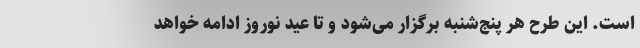
است. این طرح هر پنج‌شنبه برگزار می‌شود و تا عید نوروز ادامه خواهد